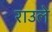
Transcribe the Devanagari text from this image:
राउले